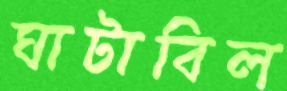
ঘাটাবিল